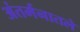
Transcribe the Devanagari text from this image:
अंतर्मनातले